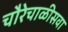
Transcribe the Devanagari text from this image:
चौरेचाळीसवा